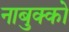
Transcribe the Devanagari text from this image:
नाबुक्को